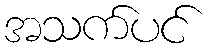
အသက်ပင်